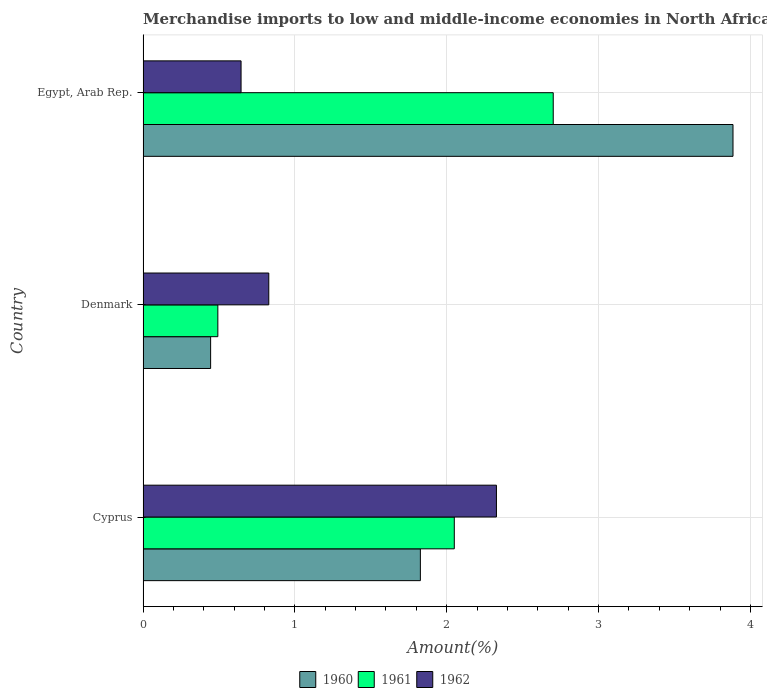
| Country | 1960 | 1961 | 1962 |
 | --- | --- | --- | --- |
 | Cyprus | 1.83 | 2.05 | 2.33 |
 | Denmark | 0.445 | 0.493 | 0.828 |
 | Egypt, Arab Rep. | 3.89 | 2.7 | 0.646 |